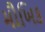
મૌખિક